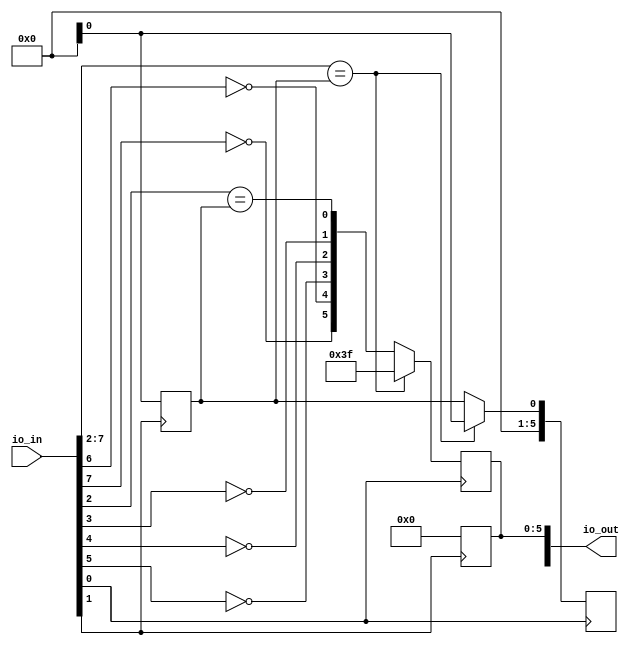
module guess_game(
    input [7:0] io_in, 
    output [7:0] io_out
);

wire clk = io_in[0]; 
wire rst = io_in[1]; 
wire [5:0] guess = io_in[7:2]; 
reg [5:0] result; 
assign io_out[5:0] = result; 

reg [5:0] secret_num; 
reg [2:0] guess_count; 

// initialize variables
initial begin
    secret_num = 6'b000000; 
    guess_count = 0;
end

// reset the game
always @(negedge rst) begin
    secret_num <= $random;
    guess_count <= 0;
    result <= 6'b000000;
end

// check guess and output result
    always @(posedge clk) begin
    if (guess_count < 3) begin
        if (guess == secret_num) begin
            result <= 6'b111111;
            guess_count <= 0;
            secret_num <= $random;
        end else begin
            guess_count <= guess_count + 1;
            result <= {guess[5] == secret_num[5], guess[4] == secret_num[4], guess[3] == secret_num[3], guess[2] == secret_num[2], guess[1] == secret_num[1], guess[0] == secret_num[0]};
        end
    end else begin
        result <= 6'b000000;
        guess_count <= 0;
        secret_num <= $random;
    end
end

endmodule